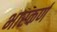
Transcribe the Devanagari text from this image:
भारकर्ण